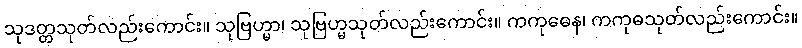
သုဒတ္တသုတ်လည်းကောင်း။ သုဗြဟ္မာ၊ သုဗြဟ္မသုတ်လည်းကောင်း။ ကကုဓေန၊ ကကုဓသုတ်လည်းကောင်း။